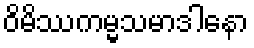
ဝိမိဿကမ္မသမာဒါနော